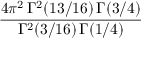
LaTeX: { \frac { 4 \pi ^ { 2 } \, \Gamma ^ { 2 } ( 1 3 / 1 6 ) \, \Gamma ( 3 / 4 ) } { \Gamma ^ { 2 } ( 3 / 1 6 ) \, \Gamma ( 1 / 4 ) } }